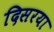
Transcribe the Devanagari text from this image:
दिसरया